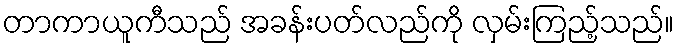
တာကာယူကီသည် အခန်းပတ်လည်ကို လှမ်းကြည့်သည်။